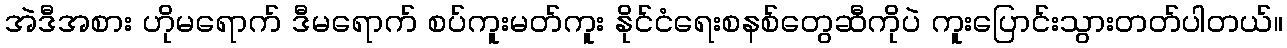
အဲဒီအစား ဟိုမရောက် ဒီမရောက် စပ်ကူးမတ်ကူး နိုင်ငံရေးစနစ်တွေဆီကိုပဲ ကူးပြောင်းသွားတတ်ပါတယ်။